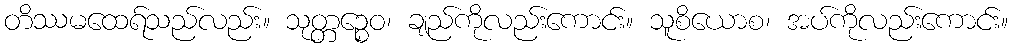
တိဿမထေရ်သည်လည်း။ သုတ္တဉ္စေဝ၊ ချည်ကိုလည်းကောင်း။ သူစိယောစ၊ အပ်ကိုလည်းကောင်း။